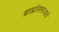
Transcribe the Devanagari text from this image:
ब्राह्मोसमाजाचे